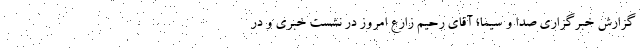
گزارش خبرگزاری صدا و سیما؛ آقای رحیم زارع امروز در نشست خبری و در